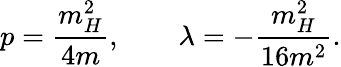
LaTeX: p=\frac{m_{H}^{2}}{4m},\quad\quad\lambda=-\frac{m_{H}^{2}}{16m^{2}}.